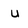
Character: u